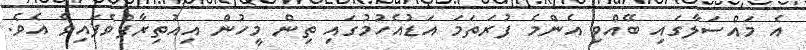
އެ މައްސަލާގައި ބޭއްވި އެންމެ ފުރަތަމަ އަޑުއެހުމުގައި ތިން މީހުން އިއުތިރާފްވެފައިވެ އެވެ.